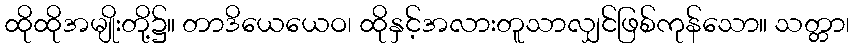
ထိုထိုအမျိုးတို့၌။ တာဒိယေယေဝ၊ ထိုနှင့်အလားတူသာလျှင်ဖြစ်ကုန်သော။ သတ္တာ၊